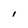
Character: l